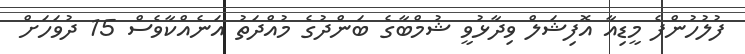
ފުލުހުންފެ މީޑިއާ އޮފިޝަލް ވިދާޅުވީ ޝުމްބާގެ ބަންދުގެ މުއްދަތު އަނެއްކާވެސް 15 ދުވަހަށް